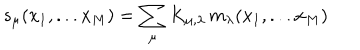
s _ { \mu } ( x _ { 1 } , . . . x _ { M } ) = \sum _ { \mu } K _ { \mu , \lambda } \, m _ { \lambda } ( x _ { 1 } , . . . x _ { M } )